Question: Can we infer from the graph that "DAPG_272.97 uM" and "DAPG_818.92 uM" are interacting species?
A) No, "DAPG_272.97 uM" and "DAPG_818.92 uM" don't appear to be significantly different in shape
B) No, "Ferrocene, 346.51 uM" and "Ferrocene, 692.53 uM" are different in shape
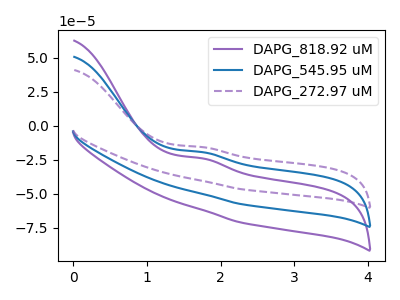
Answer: <think>The purple curve "DAPG_818.92 uM" has an anodic peak at: (1.75V, -38.65uA). The blue curve "DAPG_545.95 uM" has an anodic peak at: (1.75V, -19.35uA). The purple dashed curve "DAPG_272.97 uM" has an anodic peak at: (1.75V, -15.65uA).
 All the peaks in "DAPG_272.97 uM" have a peak in "DAPG_818.92 uM" at the same potential. Every peak in "DAPG_272.97 uM" is higher than every peak in "DAPG_818.92 uM".</think>
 <answer>A) No, "DAPG_272.97 uM" and "DAPG_818.92 uM" don't appear to be significantly different in shape</answer>
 <eval>A</eval>